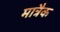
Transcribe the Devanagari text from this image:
मात्रैक